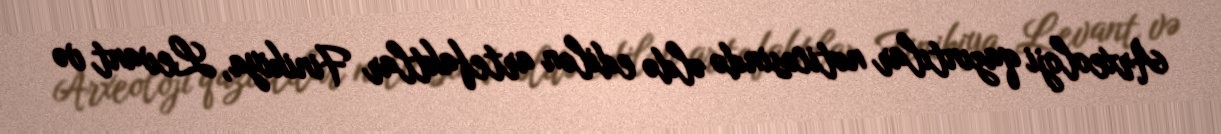
Arxeoloji qazıntılar nəticəsində əldə edilən artefaktlar Finikiya, Levant və